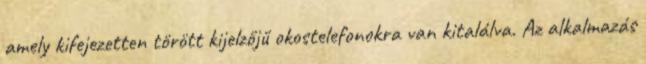
amely kifejezetten törött kijelzőjű okostelefonokra van kitalálva. Az alkalmazás